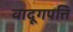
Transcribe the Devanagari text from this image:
वादूगपत्ति